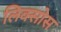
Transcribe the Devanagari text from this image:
लिक्सोस